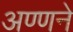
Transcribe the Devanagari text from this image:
अण्णने